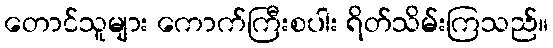
တောင်သူများ ကောက်ကြီးစပါး ရိတ်သိမ်းကြသည်။